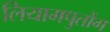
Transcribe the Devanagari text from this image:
लियामपुतोंग